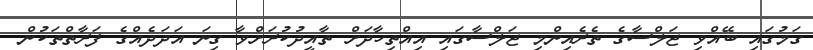
ގަމުގައި ބޭއްވި ޖަލްސާގެ ތެރެއިންމި ޖަލްސާގައި އިއްތިހާދަށް ތާއީދުކުރަށްވާ ގިނަ އަދަދެއްގެ ފަރާތްތަކުން